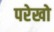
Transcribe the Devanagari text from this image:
परेखो